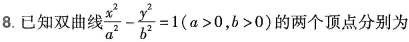
8.已知双曲线$$\frac{ x ^ { 2 } } { a ^ { 2 } } - \frac { y ^ { 2 } } { b ^ { 2 } } = 1 ( a > 0 , b > 0 )$$ 两个顶点分别为